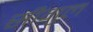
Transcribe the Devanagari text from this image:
सीगुल